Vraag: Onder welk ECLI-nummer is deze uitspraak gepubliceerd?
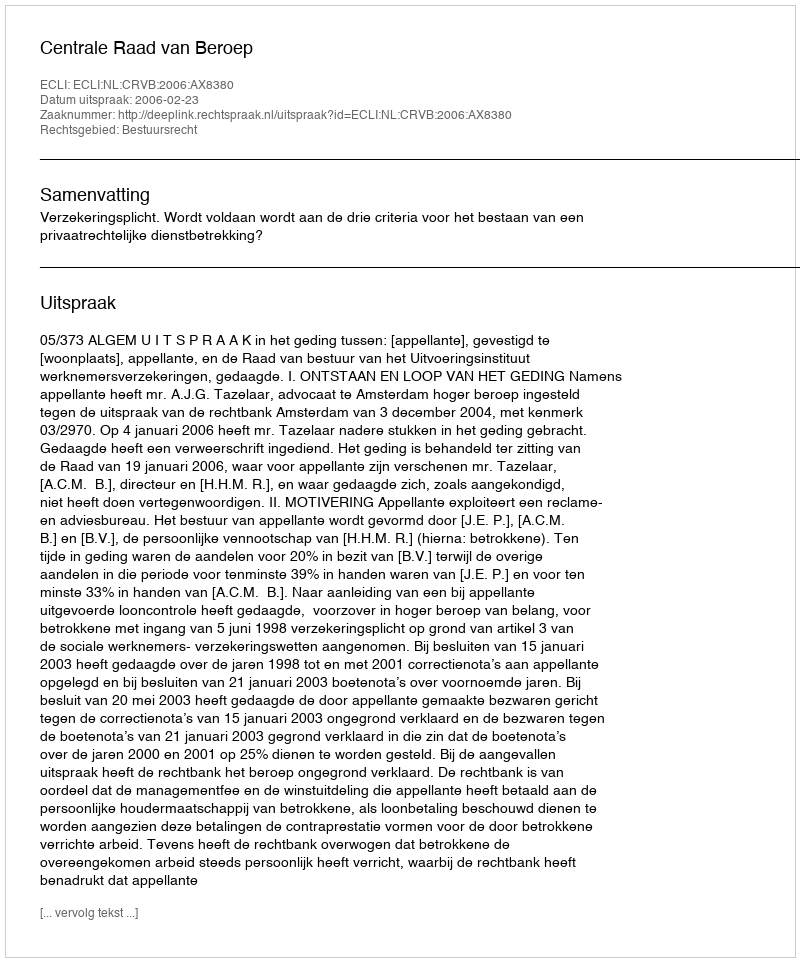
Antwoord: ECLI:NL:CRVB:2006:AX8380